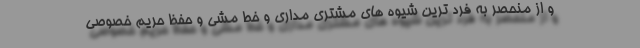
و از منحصر به فرد ترین شیوه های مشتری مداری و خط مشی و حفظ حریم خصوصی